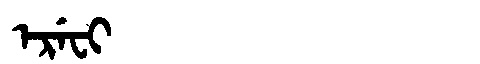
Manchu: ᡝᡵᡝᠸᡳ
Romanization: EREFI